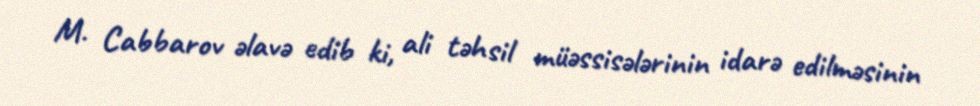
M. Cabbarov əlavə edib ki, ali təhsil müəssisələrinin idarə edilməsinin